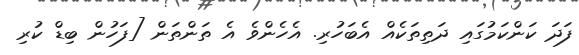
ފަދަ ކަންކަމުގައި ދަތިތަކެއް އެބަހުރި. އެހެންވެ އެ ތަންތަން [ފަހުން ބިޑް ކުރި